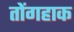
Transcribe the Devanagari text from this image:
तोंगहाक